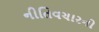
નીતિવચારનો